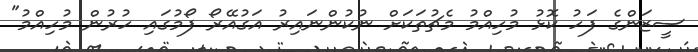
ސީޒަންގެ ފަހު ކޮޅު މުހިއްމު މެޗުތަކަށް ނުކުންނައިރު އަގުއޭރޯ ފޯމުގައި ހުރުން މުހިއްމު"